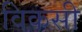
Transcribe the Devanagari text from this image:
विकसी